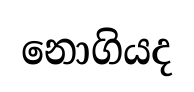
නොගියද